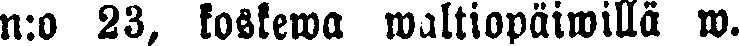
n:o 23, koskewa waltiopäiwillä w.